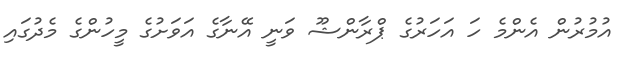
އުމުރުން އެންމެ ހަ އަހަރުގެ ޕްރާންޝޫ ވަނީ އޭނާގެ އަވަށުގެ މީހުންގެ މެދުގައި